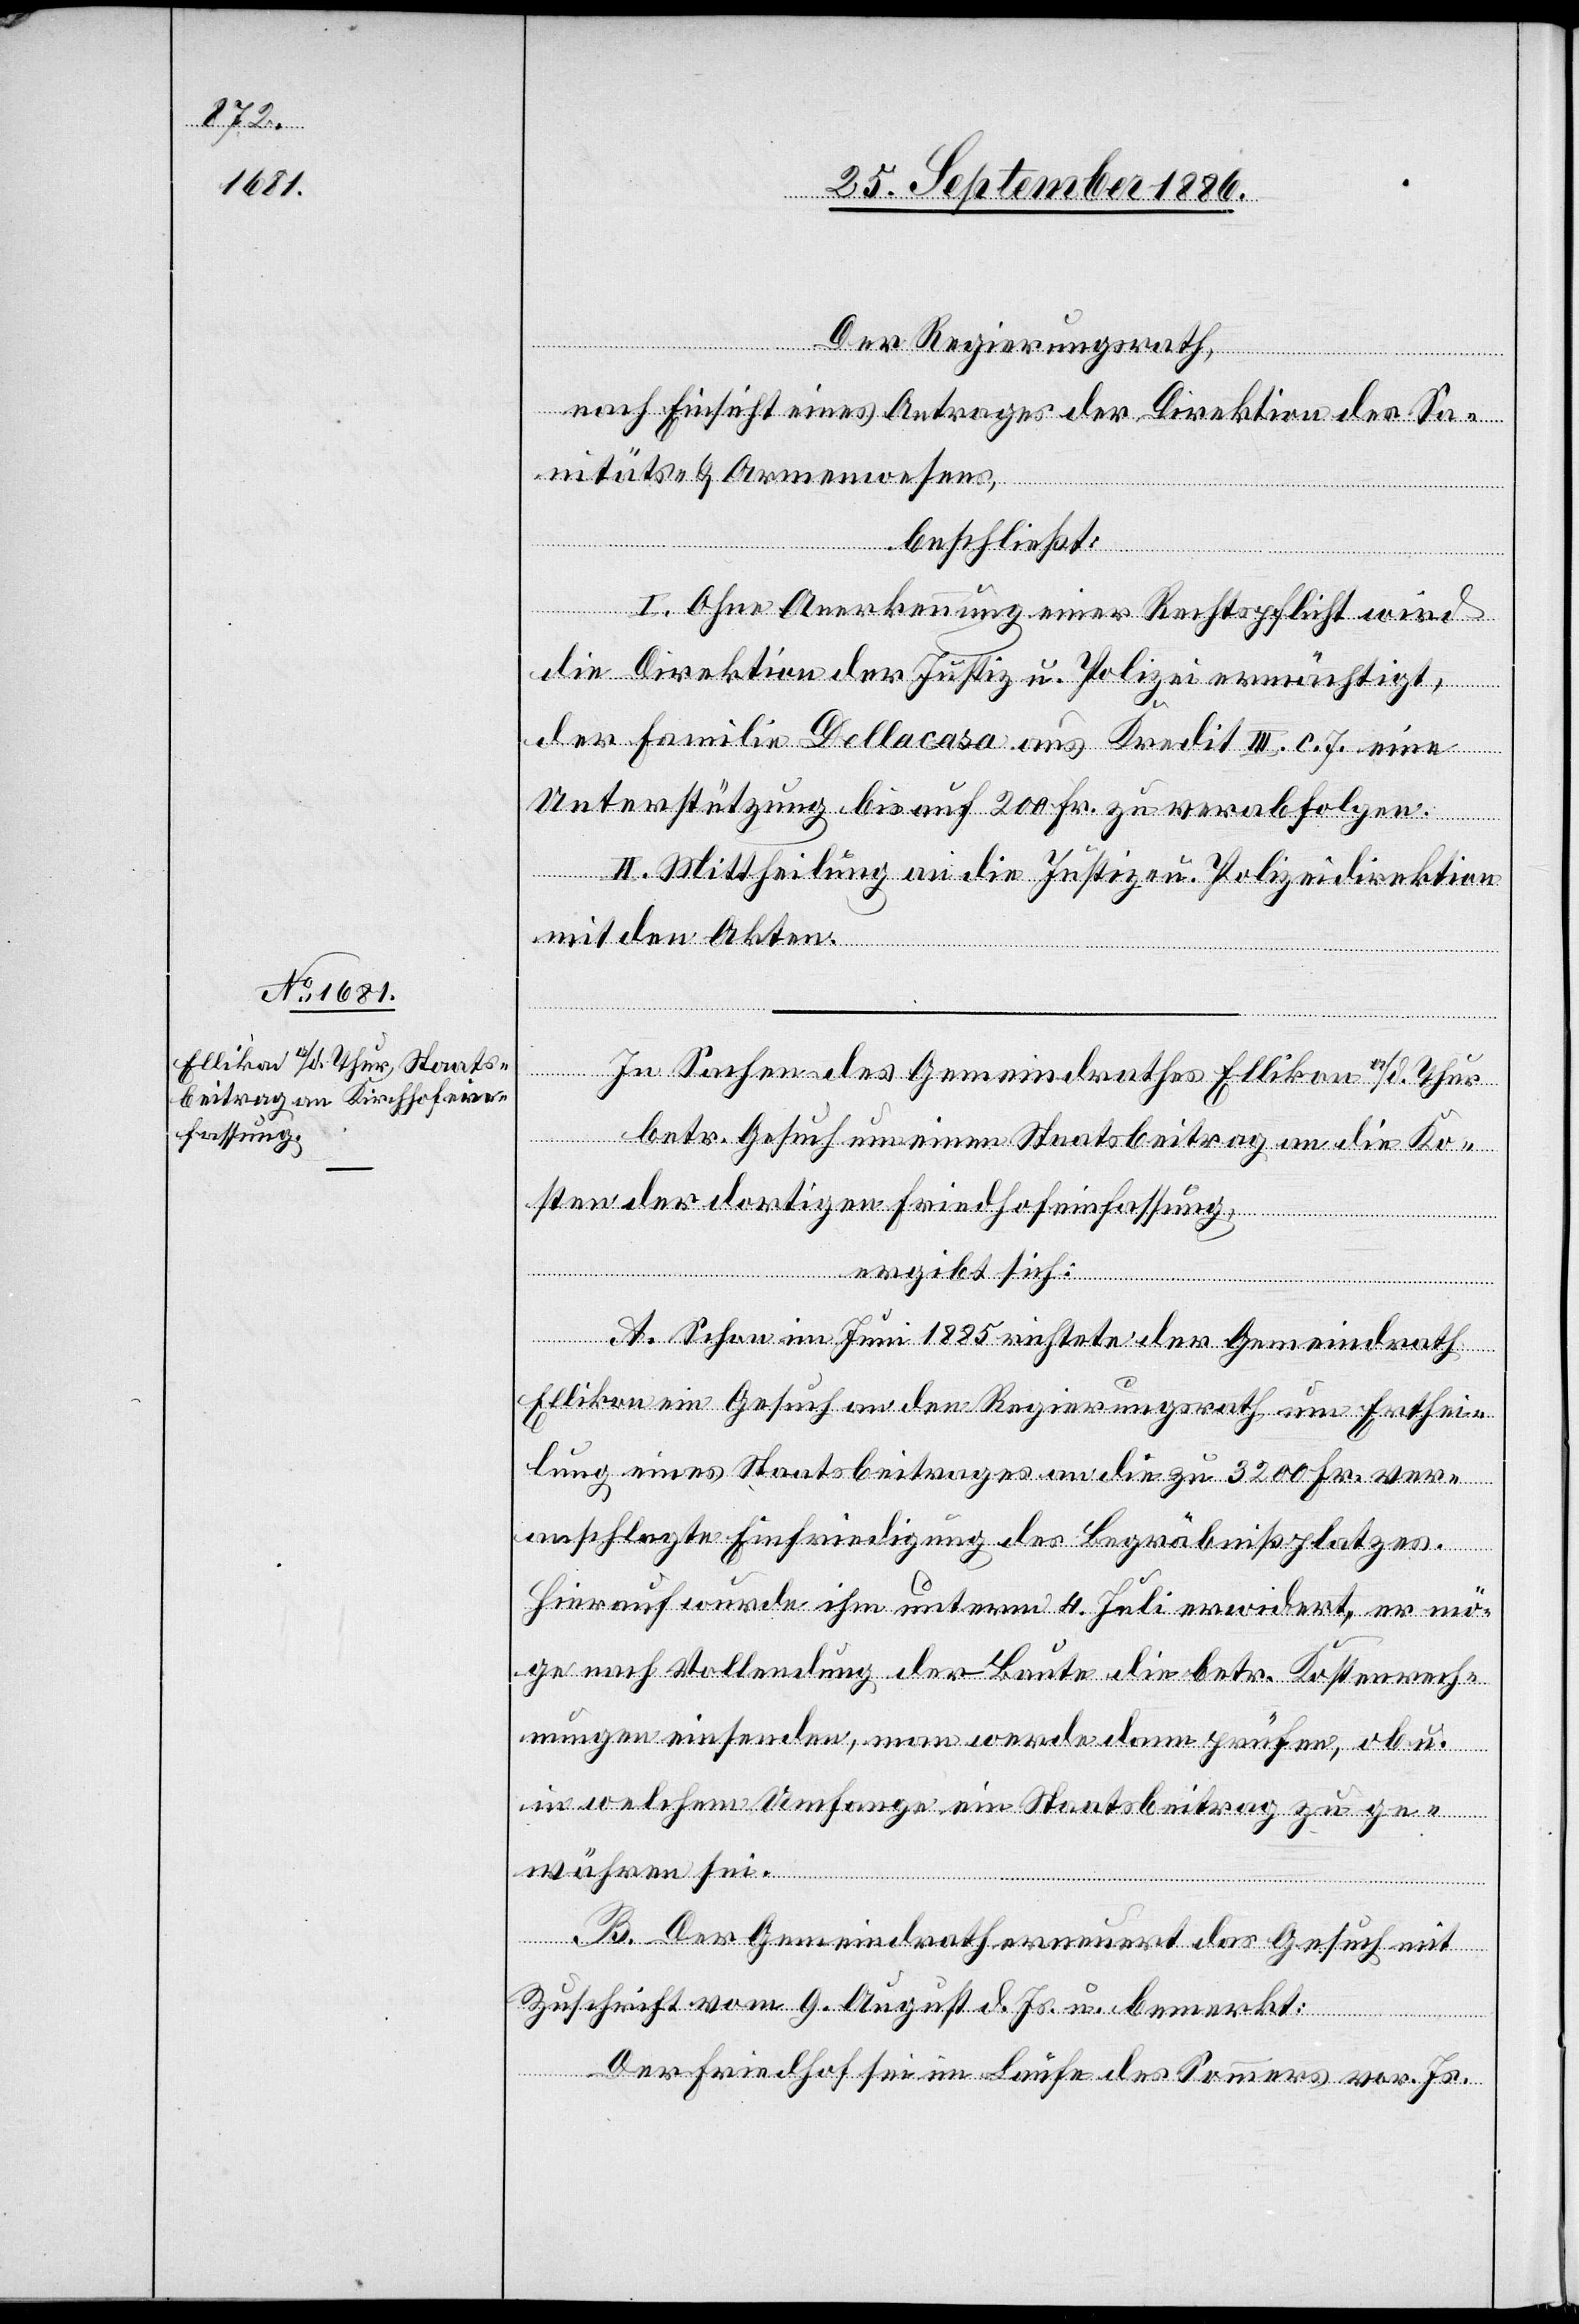
Der Regierungsrath,
nach Einsicht eines Antrages der Direktion des Sa¬
nitäts- & Armenwesens,
beschließt:
sich:
I. Ohne Anerkennung einer Rechtspflicht wird
die Direktion der Justiz u. Polizei ermächtigt,
der Familie Dellacasa aus Kredit III. c. 7. eine
Unterstützung bis auf 200 Fr. zu verabfolgen.
II. Mittheilung an die Justiz- u. Polizeidirektion
mit den Akten.
In Sachen des Gemeindrathes Ellikon a/d. Thur
betr. Gesuch um einen Staatsbeitrag an die Ko¬
sten der dortigen Friedhofeinfassung,
ergibt
A. Schon im Juni 1885 richtete der Gemeindrath
Ellikon ein Gesuch an den Regierungsrath um Erthei¬
lung eines Staatsbeitrages an die zu 3200 Fr. ver¬
anschlagte Einfriedigung des Begräbnißplatzes.
Hierauf wurde ihm unterm 4. Juli erwidert, er mö¬
ge nach Vollendung der Baute die betr. Kostenrech¬
nungen einsenden, man werde dann prüfen, ob u.
in welchem Umfange ein Staatsbeitrag zu ge¬
währen sei.
B. Der Gemeindrath erneuert das Gesuch mit
Zuschrift vom 9. August d. Js. u. bemerkt:
Der Friedhof sei im Laufe des Sommers vor. Js.